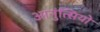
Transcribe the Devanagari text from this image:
आनुंत्सियो